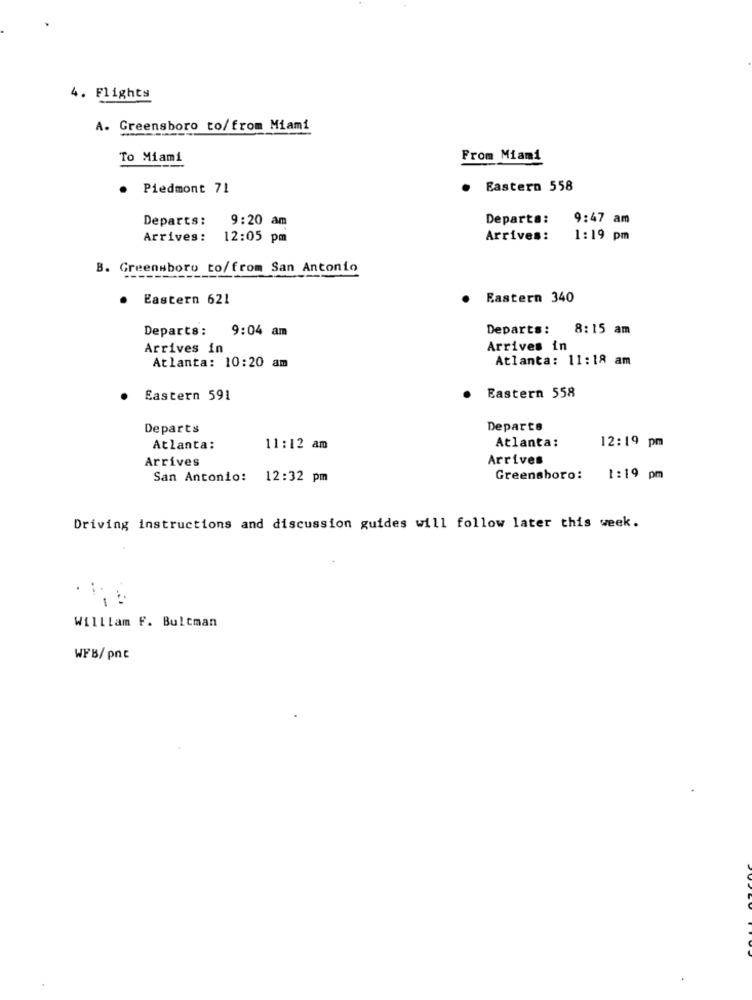
4. Flights
A. Greensboro to/from Miami
To Miami
From Miami
. Piedmont 71
. Eastern 558
Departs:
9:20 am
Departa: 9:47 am
Arrives :
12:05 pm
Arrives:
1:19 pm
B. Greensboro to/from San Antonio
Eastern 621
Eastern 340
Departs: 9:04 am
Departs:
8:15 am
Arrives in
Arrives in
Atlanta: 11:18 am
Atlanta: 10:20 am
Eastern 558
Eastern 591
Departs
Departs
Atlanta:
12:19 pm
Atlanta:
11:12 am
Arrives
Arrives
San Antonio:
12:32 pm
Greensboro:
1:19 pm
Driving instructions and discussion guides will follow later this week.
William F. Bultman
WFB/pnc